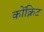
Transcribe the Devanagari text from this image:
कोंक्रिट